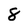
Character: 8